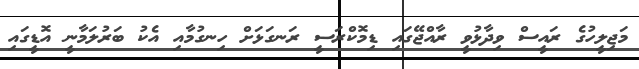
މަޖިލީހުގެ ރައީސް ވިދާޅުވީ ރާއްޖޭގައި ޑިމޮކްރަސީ ރަނގަޅަށް ހިނގުމާއި އެކު ބަރުލަމާނީ އޮޑީގައި